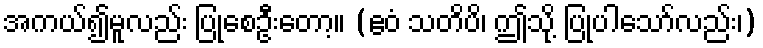
အကယ်၍မူလည်း ပြုစေဦးတော့။ (ဧဝံ သတိပိ၊ ဤသို့ ပြုပါသော်လည်း၊)